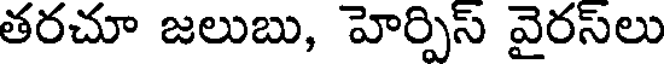
తరచూ జలుబు, హెర్పిస్ వైరస్లు